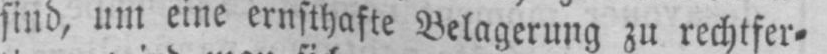
sind, um eine ernsthafte Belagerung zu rechtfer⸗